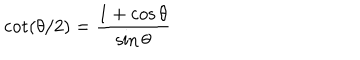
LaTeX: \cot ( \theta / 2 ) = \frac { 1 + \cos \theta } { \sin \theta }